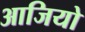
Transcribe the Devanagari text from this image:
आजियो